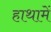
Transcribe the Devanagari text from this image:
हाथामें